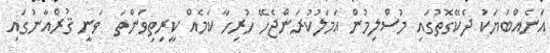
އަނެއްބަޔަކު ދެކޭގޮތުގައި މުސްލިމުން ޢަމަލުކުރަންޖެހޭ ހުރިހާ ކަމެއް ކީރިތިވަންތަ  ވަނީ ޤުރްއާނުގައި